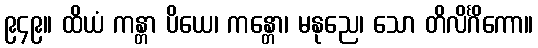
၉၄၉။ ထိယံ ကန္တာ ပိယေ၊ ကန္တော၊ မနုညေ၊ သော တိလိင်္ဂိကော။